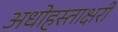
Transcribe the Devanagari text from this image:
अधोहस्ताक्षरी